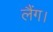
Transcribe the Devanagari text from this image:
लैंग।